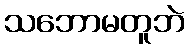
သဘောမတူဘဲ